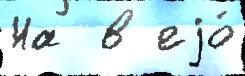
На  в еjо́